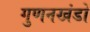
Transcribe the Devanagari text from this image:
गुणनखंडों